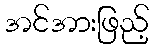
အင်အားဖြည့်